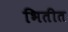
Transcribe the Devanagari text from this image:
भितीत